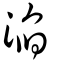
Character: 淊